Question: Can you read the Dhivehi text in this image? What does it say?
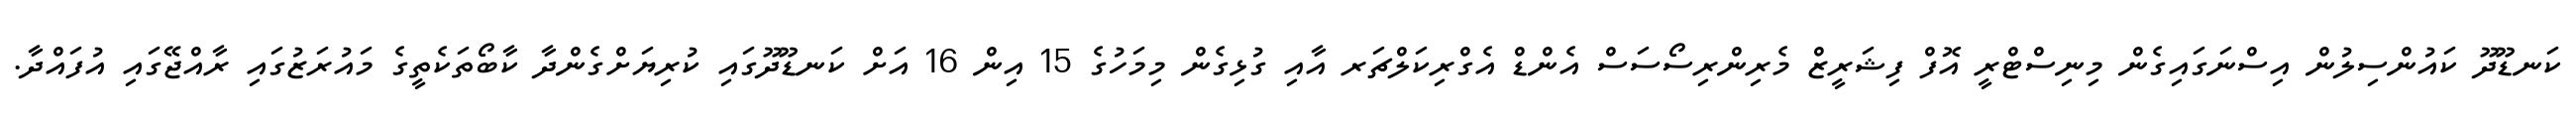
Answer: ކަނޑޫދޫ ކައުންސިލުން އިސްނަގައިގެން މިނިސްޓްރީ އޮފް ފިޝަރީޒް މެރިންރިސޯސަސް އެންޑް އެގްރިކަލްޗަރ އާއި ގުޅިގެން މިމަހުގެ 15 އިން 16 އަށް ކަނޑޫދޫގައި ކުރިޔަށްގެންދާ ކާބޯތަކެތީގެ މައުރަޒުގައި ރާއްޖޭގައި އުފައްދާ.